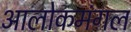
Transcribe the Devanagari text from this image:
आलोकमंगल